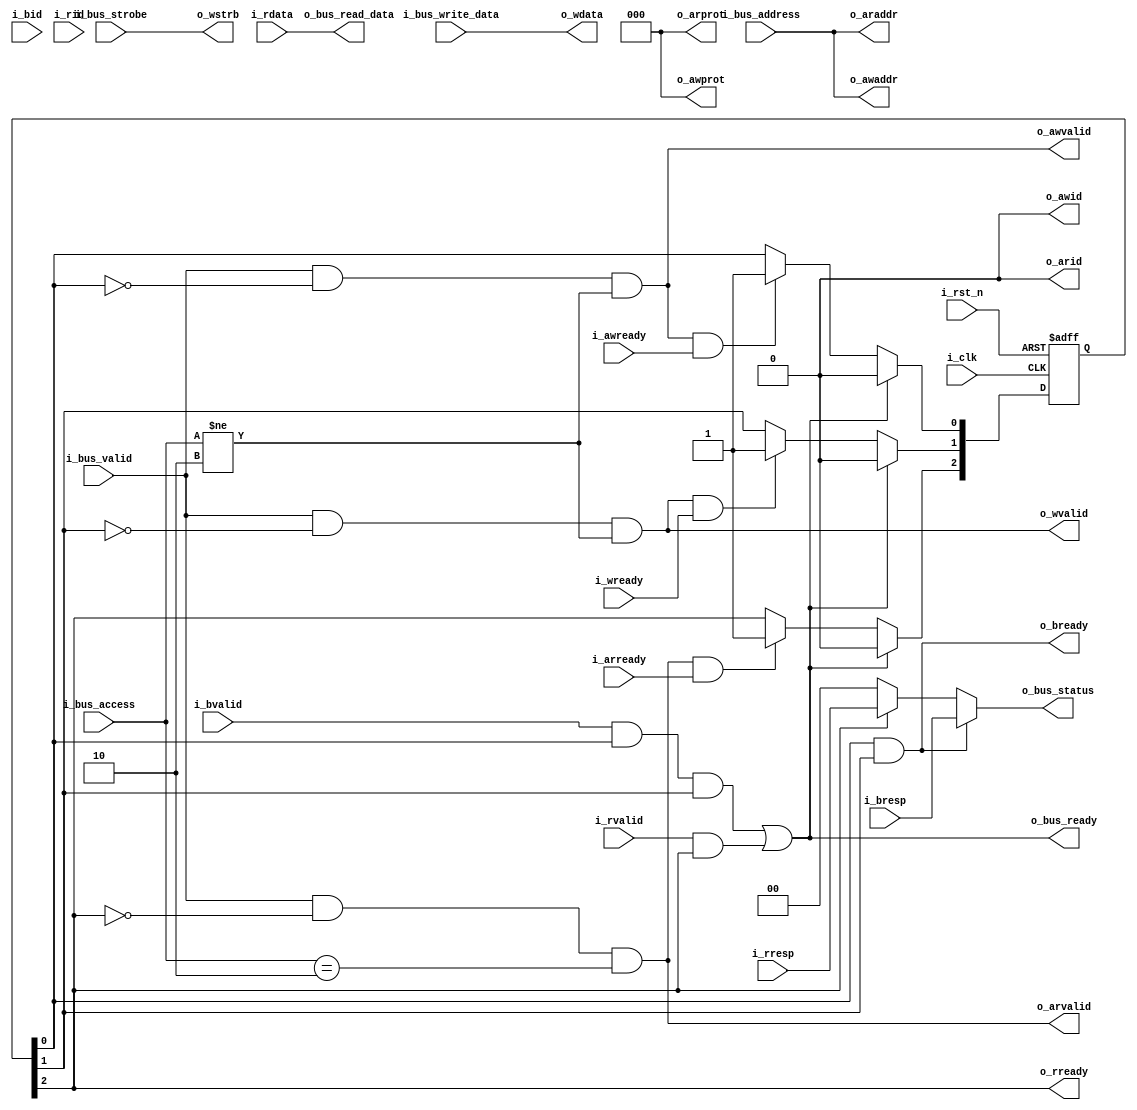
module rggen_axi4lite_bridge #(
  parameter ID_WIDTH        = 0,
  parameter ADDRESS_WIDTH   = 8,
  parameter BUS_WIDTH       = 32,
  parameter ACTUAL_ID_WIDTH = (ID_WIDTH > 0) ? ID_WIDTH : 1
)(
  input                         i_clk,
  input                         i_rst_n,
  input                         i_bus_valid,
  input   [1:0]                 i_bus_access,
  input   [ADDRESS_WIDTH-1:0]   i_bus_address,
  input   [BUS_WIDTH-1:0]       i_bus_write_data,
  input   [BUS_WIDTH/8-1:0]     i_bus_strobe,
  output                        o_bus_ready,
  output  [1:0]                 o_bus_status,
  output  [BUS_WIDTH-1:0]       o_bus_read_data,
  output                        o_awvalid,
  input                         i_awready,
  output  [ACTUAL_ID_WIDTH-1:0] o_awid,
  output  [ADDRESS_WIDTH-1:0]   o_awaddr,
  output  [2:0]                 o_awprot,
  output                        o_wvalid,
  input                         i_wready,
  output  [BUS_WIDTH-1:0]       o_wdata,
  output  [BUS_WIDTH/8-1:0]     o_wstrb,
  input                         i_bvalid,
  output                        o_bready,
  input   [ACTUAL_ID_WIDTH-1:0] i_bid,
  input   [1:0]                 i_bresp,
  output                        o_arvalid,
  input                         i_arready,
  output  [ACTUAL_ID_WIDTH-1:0] o_arid,
  output  [ADDRESS_WIDTH-1:0]   o_araddr,
  output  [2:0]                 o_arprot,
  input                         i_rvalid,
  output                        o_rready,
  input   [ACTUAL_ID_WIDTH-1:0] i_rid,
  input   [1:0]                 i_rresp,
  input   [BUS_WIDTH-1:0]       i_rdata
);
  localparam  [1:0] RGGEN_READ  = 2'b10;

  wire  [2:0] w_request_valid;
  reg   [2:0] r_request_done;
  wire        w_bus_ready;
  wire  [1:0] w_bus_status;

  //  Request
  assign  o_awvalid       = w_request_valid[0];
  assign  o_awid          = {ACTUAL_ID_WIDTH{1'b0}};
  assign  o_awaddr        = i_bus_address;
  assign  o_awprot        = 3'b000;
  assign  o_wvalid        = w_request_valid[1];
  assign  o_wdata         = i_bus_write_data;
  assign  o_wstrb         = i_bus_strobe;
  assign  o_arvalid       = w_request_valid[2];
  assign  o_arid          = {ACTUAL_ID_WIDTH{1'b0}};
  assign  o_araddr        = i_bus_address;
  assign  o_arprot        = 3'b000;

  assign  w_request_valid[0]  = i_bus_valid && (!r_request_done[0]) && (i_bus_access != RGGEN_READ);
  assign  w_request_valid[1]  = i_bus_valid && (!r_request_done[1]) && (i_bus_access != RGGEN_READ);
  assign  w_request_valid[2]  = i_bus_valid && (!r_request_done[2]) && (i_bus_access == RGGEN_READ);

  always @(posedge i_clk or negedge i_rst_n) begin
    if (!i_rst_n) begin
      r_request_done  <= 3'b000;
    end
    else if (w_bus_ready) begin
      r_request_done  <= 3'b000;
    end
    else begin
      if (w_request_valid[0] && i_awready) begin
        r_request_done[0] <= 1'b1;
      end
      if (w_request_valid[1] && i_wready) begin
        r_request_done[1] <= 1'b1;
      end
      if (w_request_valid[2] && i_arready) begin
        r_request_done[2] <= 1'b1;
      end
    end
  end

  //  Response

  assign  o_bready  = r_request_done[0] && r_request_done[1];
  assign  o_rready  = r_request_done[2];

  assign  o_bus_ready     = w_bus_ready;
  assign  o_bus_status    = w_bus_status;
  assign  o_bus_read_data = i_rdata;

  assign  w_bus_ready =
    (i_bvalid && r_request_done[0] && r_request_done[1]) ||
    (i_rvalid && r_request_done[2]);
  assign  w_bus_status
      = (r_request_done[0] && r_request_done[1]) ? i_bresp
      : (r_request_done[2]                     ) ? i_rresp : 2'b00;
endmodule